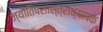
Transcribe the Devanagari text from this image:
ज्यौतिषशास्त्राध्यापक